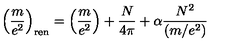
\left( \frac { m } { e ^ { 2 } } \right) _ { \mathrm { r e n } } = \left( \frac { m } { e ^ { 2 } } \right) + \frac { N } { 4 \pi } + \alpha { \frac { N ^ { 2 } } { ( m / e ^ { 2 } ) } }